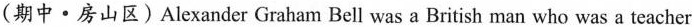
(期中 · 房山区)Alexander Graham Bell was a British man who was a teacher